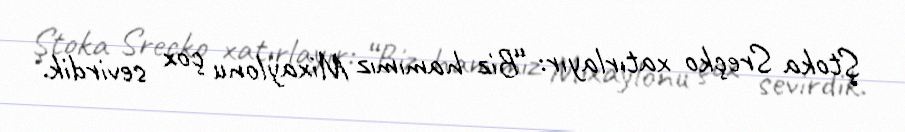
Ştoka Sreçko xatırlayır: “Biz hamımız Mixaylonu çox sevirdik.